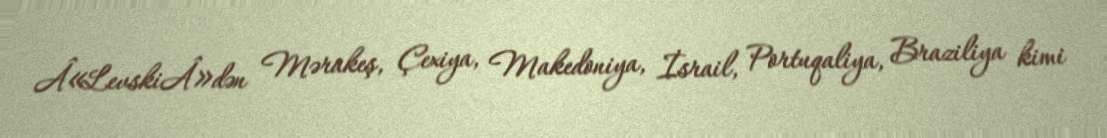
Â«LevskiÂ»dən Mərakeş, Çexiya, Makedoniya, İsrail, Portuqaliya, Braziliya kimi